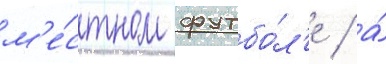
м'е́стном футбо́л'е / а́